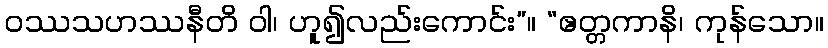
ဝဿသဟဿနီတိ ဝါ၊ ဟူ၍လည်းကောင်း”။ “ဧတ္တကာနိ၊ ကုန်သော။